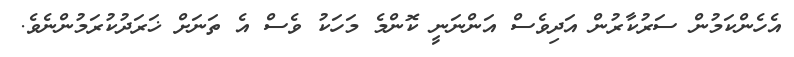
އެހެންކަމުން ސަރުކާރުން އަދިވެސް އަންނަނީ ކޮންމެ މަހަކު ވެސް އެ ތަނަށް ޚަރަދުކުރަމުންނެވެ.